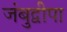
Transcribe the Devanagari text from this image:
जंबुद्वीपा